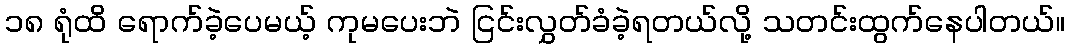
၁၈ ရုံထိ ရောက်ခဲ့ပေမယ့် ကုမပေးဘဲ ငြင်းလွှတ်ခံခဲ့ရတယ်လို့ သတင်းထွက်နေပါတယ်။